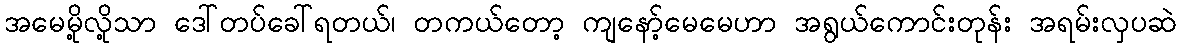
အမေမို့လို့သာ ဒေါ်တပ်ခေါ်ရတယ်၊ တကယ်တော့ ကျနော့်မေမေဟာ အရွယ်ကောင်းတုန်း အရမ်းလှပဆဲ